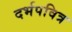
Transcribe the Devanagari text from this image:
दर्भपवित्र